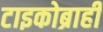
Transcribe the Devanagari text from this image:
टाइकोब्राही